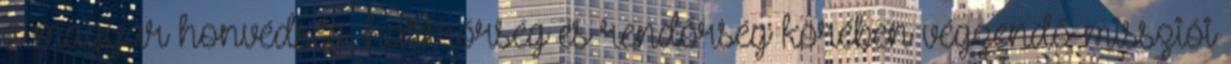
a magyar honvédség, határőrség és rendőrség körében végzendő missziói